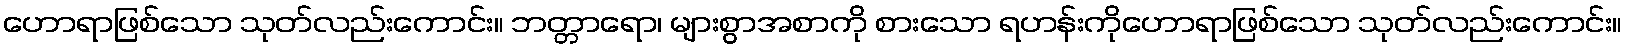
ဟောရာဖြစ်သော သုတ်လည်းကောင်း။ ဘတ္တာရော၊ များစွာအစာကို စားသော ရဟန်းကိုဟောရာဖြစ်သော သုတ်လည်းကောင်း။